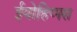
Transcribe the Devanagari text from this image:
ईयोहिप्पस